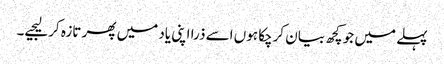
پہلے میں جو کچھ بیان کرچکا ہوں اسے ذرا اپنی یاد میں پھر تازہ کرلیجیے۔